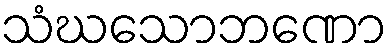
သံဃသောဘဏော